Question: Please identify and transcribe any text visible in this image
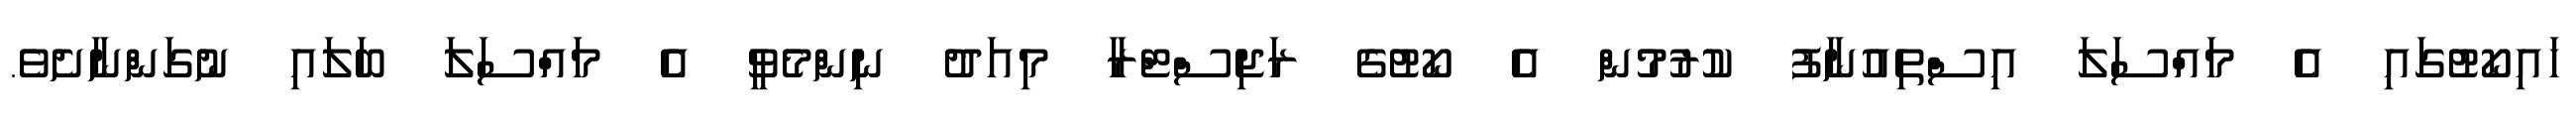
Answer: ހައިކޯޓުގައި އެ މައްސަލަ އިސްތިއުނާފު ކުރުމުން އެ ކޯޓުގެ ރަޖިސްޓްރާ މިއަދު ނިންމެވީ އެ މައްސަލަ ބަލައި ނުގަންނާށެވެ.